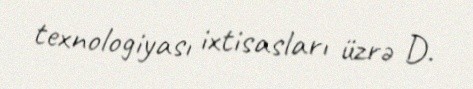
texnologiyası ixtisasları üzrə D.